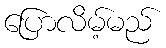
ပြောလိမ့်မည်